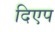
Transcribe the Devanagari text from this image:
दिएप